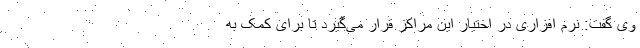
وی گفت: نرم افزاری در اختیار این مراکز قرار می‌گیرد تا برای کمک به